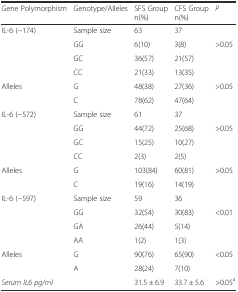
<table><thead><tr><td><b>Gene Polymorphism</b></td><td><b>Genotype/Alleles</b></td><td><b>SFS Group n(%)</b></td><td><b>CFS Group n(%)</b></td><td><b><i>P</i></b></td></tr></thead><tbody><tr><td>IL-6 (−174)</td><td>Sample size</td><td>63</td><td>37</td><td></td></tr><tr><td></td><td>GG</td><td>6(10)</td><td>3(8)</td><td>&gt;0.05</td></tr><tr><td></td><td>GC</td><td>36(57)</td><td>21(57)</td><td></td></tr><tr><td></td><td>CC</td><td>21(33)</td><td>13(35)</td><td></td></tr><tr><td rowspan="2">Alleles</td><td>G</td><td>48(38)</td><td>27(36)</td><td>&gt;0.05</td></tr><tr><td>C</td><td>78(62)</td><td>47(64)</td><td></td></tr><tr><td>IL-6 (−572)</td><td>Sample size</td><td>61</td><td>37</td><td></td></tr><tr><td></td><td>GG</td><td>44(72)</td><td>25(68)</td><td>&gt;0.05</td></tr><tr><td></td><td>GC</td><td>15(25)</td><td>10(27)</td><td></td></tr><tr><td></td><td>CC</td><td>2(3)</td><td>2(5)</td><td></td></tr><tr><td rowspan="2">Alleles</td><td>G</td><td>103(84)</td><td>60(81)</td><td>&gt;0.05</td></tr><tr><td>C</td><td>19(16)</td><td>14(19)</td><td></td></tr><tr><td rowspan="4">IL-6 (−597)</td><td>Sample size</td><td>59</td><td>36</td><td></td></tr><tr><td>GG</td><td>32(54)</td><td>30(83)</td><td>&lt;0.01</td></tr><tr><td>GA</td><td>26(44)</td><td>5(14)</td><td></td></tr><tr><td>AA</td><td>1(2)</td><td>1(3)</td><td></td></tr><tr><td rowspan="2">Alleles</td><td>G</td><td>90(76)</td><td>65(90)</td><td>&lt;0.05</td></tr><tr><td>A</td><td>28(24)</td><td>7(10)</td><td></td></tr><tr><td><i>Serum IL6 pg/ml</i></td><td></td><td>31.5 ± 6.9</td><td>33.7 ± 5.6</td><td>&gt;0.05<sup>a</sup></td></tr></tbody></table>